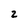
Character: 2